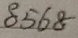
8 5 6 8